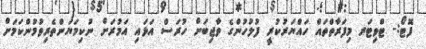
ފޮޓޯ:- ޓްވިޓަރ މިފަރާތްތައް ހައްޔަރުކުރީ ފުލުހުންގެ ވާޖިބަށް ހުރަސް އަޅައި އަމުރަށް ނުކިމަޔަންތެރިވުމުންކަމަށް